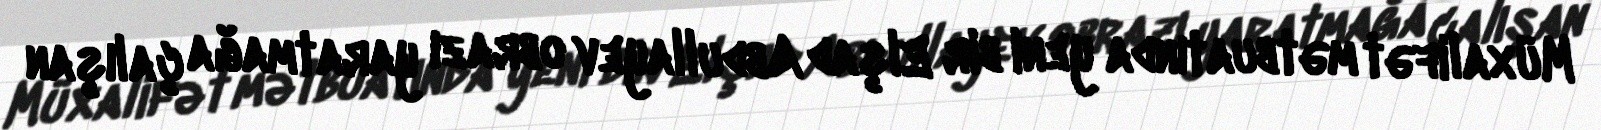
Müxalifət mətbuatında yeni bir Elşad Abdullayev obrazı yaratmağa çalışan